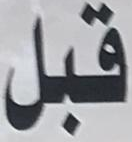
قبل